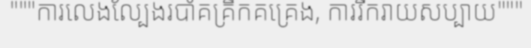
"""ការលេងល្បែងរបាំគគ្រឹកគគ្រេង, ការរីករាយសប្បាយ"""